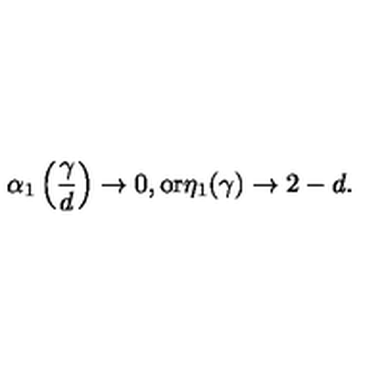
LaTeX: \alpha _ { 1 } \left( \frac { \gamma } { d } \right) \rightarrow 0 , \mathrm { o r } \eta _ { 1 } ( \gamma ) \rightarrow 2 - d .